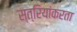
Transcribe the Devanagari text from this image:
स्त्रियांकरता